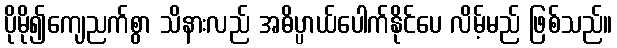
ပိုမို၍ကျေညက်စွာ သိနားလည် အဓိပ္ပာယ်ပေါက်နိုင်ပေ လိမ့်မည် ဖြစ်သည်။